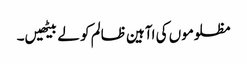
مظلوموں کی اآہین ظالم کو لے بیٹھیں۔